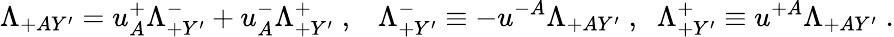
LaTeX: \Lambda_{+AY^{\prime}}=u_{A}^{+}\Lambda_{+Y^{\prime}}^{-}+u_{A}^{-}\Lambda_{+Y^{\prime}}^{+}\; ,\; \; \; \Lambda_{+Y^{\prime}}^{-}\equiv-u^{-A}\Lambda_{+AY^{\prime}}\; ,\; \; \Lambda_{+Y^{\prime}}^{+}\equiv u^{+A}\Lambda_{+AY^{\prime}}\; .